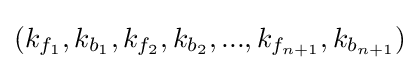
(k_{f_{1}},k_{b_{1}},k_{f_{2}},k_{b_{2}},...,k_{f_{n+1}},k_{b_{n+1}})